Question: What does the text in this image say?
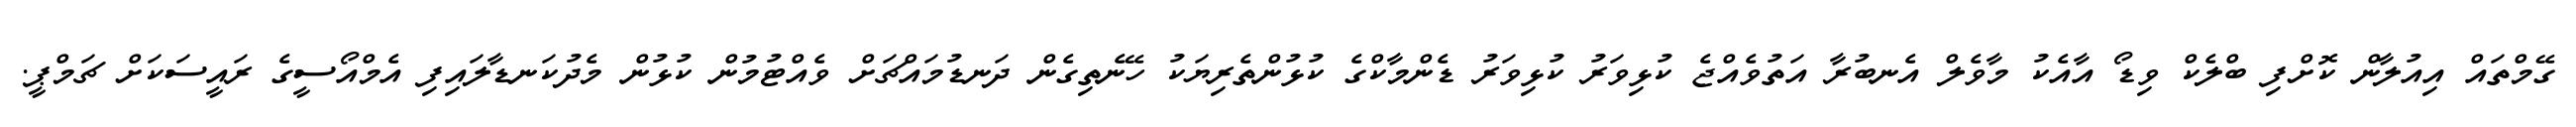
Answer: ގޭމްތައް އިއުލާން ކޮށްފި ބްލެކް ވިޑޯ އާއެކު މާވެލް އެނބުރާ އަތުވެއްޖެ ކުޅިވަރު ކުޅިވަރު ޑެންމާކްގެ ކުޅުންތެރިޔަކު ހޭނެތިގެން ދަނޑުމައްޗަށް ވެއްޓުމުން ކުޅުން މެދުކަނޑާލައިފި އެމްއޯސީގެ ރައީސަކަށް ޗަމްޕީ.